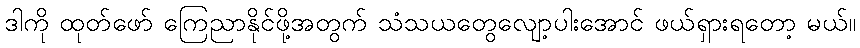
ဒါကို ထုတ်ဖော် ကြေညာနိုင်ဖို့အတွက် သံသယတွေလျော့ပါးအောင် ဖယ်ရှားရတော့ မယ်။